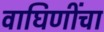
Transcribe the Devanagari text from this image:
वाघिणींचा